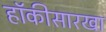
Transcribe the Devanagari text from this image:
हॉकीसारखा